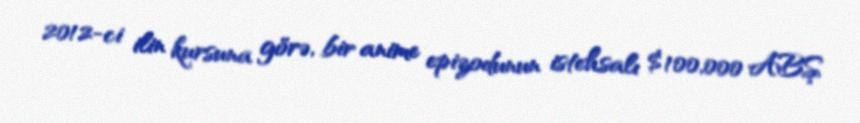
2012-ci ilin kursuna görə, bir anime epizodunun istehsalı $100,000 ABŞ